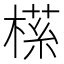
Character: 𬃶